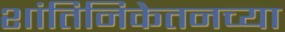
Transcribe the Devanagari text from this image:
शांतिनिकेतनच्या